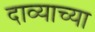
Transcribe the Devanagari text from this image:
दाव्याच्या